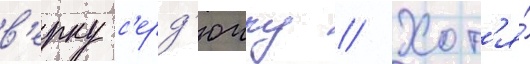
в'ерку с'ерд'ючку // Хот'я́